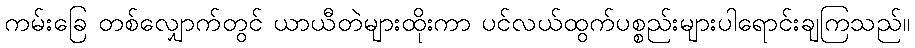
ကမ်းခြေ တစ်လျှောက်တွင် ယာယီတဲများထိုးကာ ပင်လယ်ထွက်ပစ္စည်းများပါရောင်းချကြသည်။